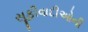
સૂફીવાદીઓની